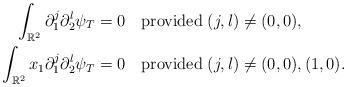
LaTeX: \begin{align*}\int_{\mathbb{R}^2}\partial_1^j\partial_2^l\psi_T=0&\quad\mbox{provided}\;(j,l)\not=(0,0),\\\int_{\mathbb{R}^2}x_1\partial_1^j\partial_2^l\psi_T=0&\quad\mbox{provided}\;(j,l)\not=(0,0),(1,0).\end{align*}